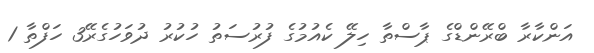
އަންކާރާ ބްރޭންޑްގެ ޕާސްތާ ހިލޭ ކެއުމުގެ ފުރުސަތު ހުކުރު ދުވަހުގެރޭ3 ހަފްތާ 1